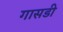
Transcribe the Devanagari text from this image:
गासडी